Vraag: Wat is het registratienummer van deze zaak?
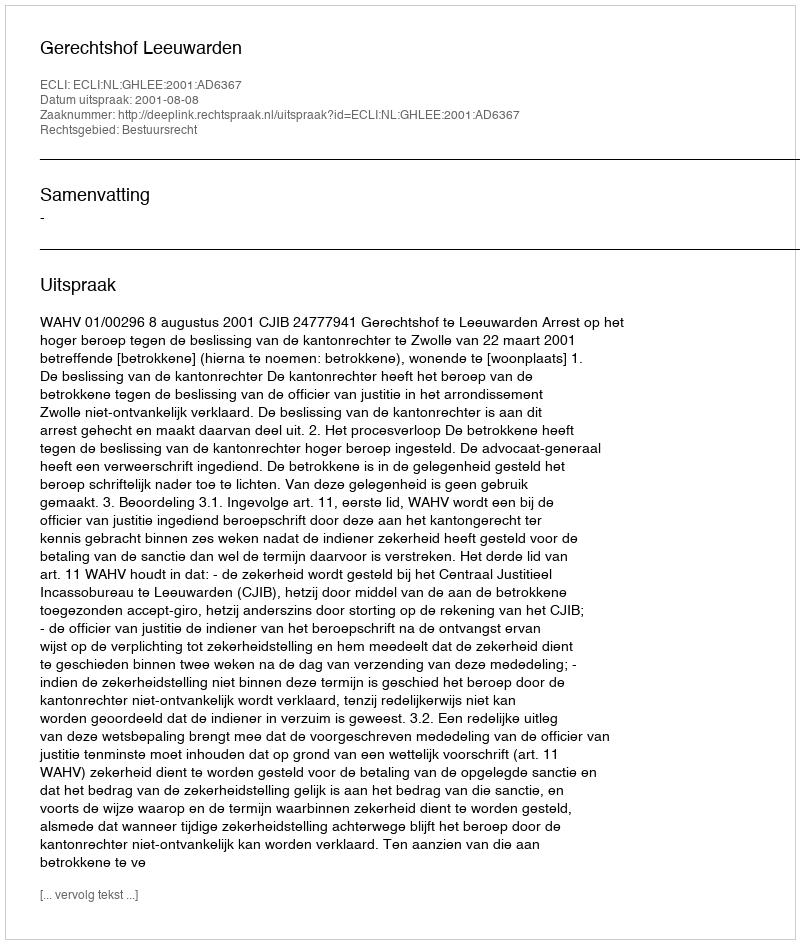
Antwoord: http://deeplink.rechtspraak.nl/uitspraak?id=ECLI:NL:GHLEE:2001:AD6367